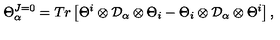
\Theta _ { \alpha } ^ { J = 0 } = T r \left[ \Theta ^ { i } \otimes { \cal D } _ { \alpha } \otimes \Theta _ { i } - \Theta _ { i } \otimes { \cal D } _ { \alpha } \otimes \Theta ^ { i } \right] ,